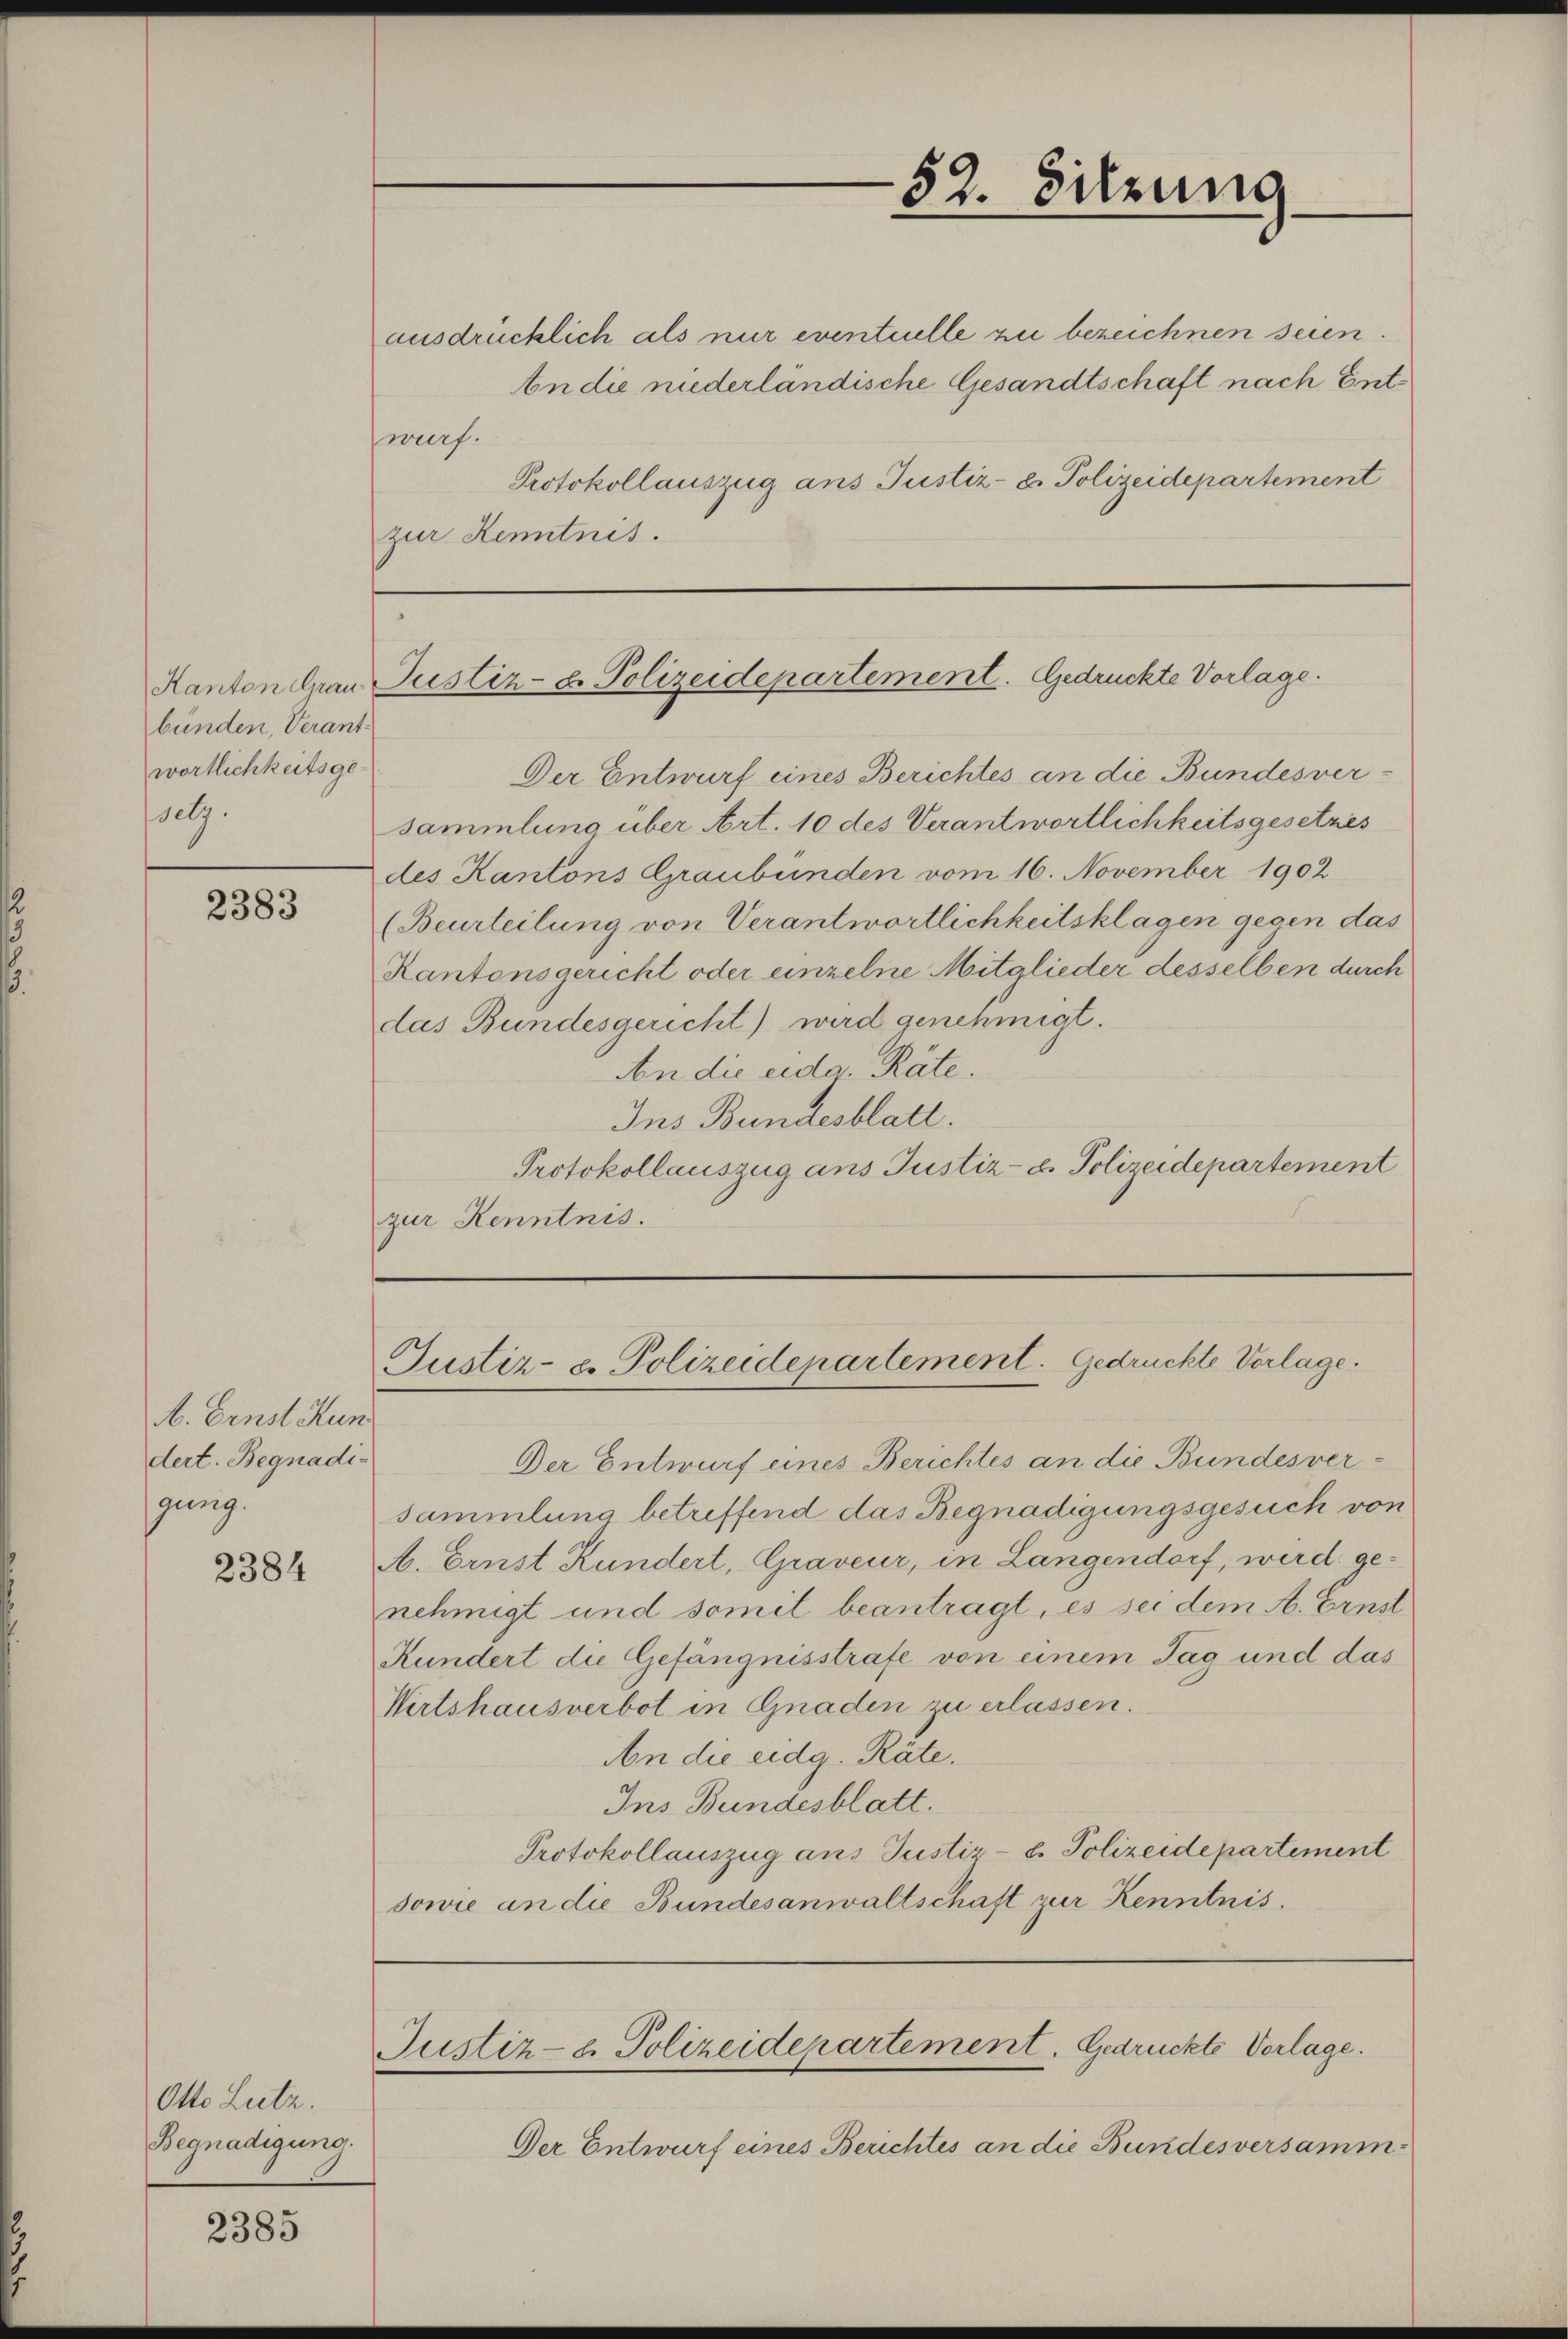
bünden, Verantwörtlichkeitsge-
petz.

2383

b. Ernst Hun
dert. Begnadi-
jung.

2384

Otto Lutz.
Begnadigung.

2385

ausdrücklich als nur eventuelle zu bezeichnen seien.
An die niederländische Gesandtschaft nach Entwurf.
Protokollauszug ans Justiz- u. Polizeidepartement
zur Kenntnis.

Der Entwurf eines Berichtes an die Bundesver-
sammlung über Art. 10 des Verantwortlichkeitsgesetzes
des Kantons Graubünden vom 16. November 1902
(Beurteilung von Verantwortlichkeitsklagen gegen das
Kantonsgericht oder einzelne Mitglieder desselben durch
das Bundesgericht) wird genehmigt.
An die eidg. Räte.
Ins Bundesblatt.
Protokollauszug ans Justiz-d. Polizeidepartement
zur Kenntnis.

Der Entwurf eines Berichtes an die Bundesversamm¬

52. Sitzung

Kanton Frau Justiz- u. Polizeidepartement. Gedrückte Vorlage.

Justiz- u. Polizeidepartement. Gedrückte Vorlage.

Justiz- & Polizeidepartement. Gedrückte Vorlage.

Der Entwurf eines Berichtes an die Bundesver-
sammlung betreffend das Begnadigungsgesuch von
A. Ernst Kundert, Graveur, in Langendorf, werd genehmigt und somit beantragt, es sei dem A. Ernst
Kundert die Gefängnisstrafe von einem Tag und das
Wirtshausverbot in Gnaden zu erlassen.
An die eidg. Räte.
Ins Bundesblatt.
Protokollauszug aus Justiz- u. Polizeidepartement
sowie an die Bundesanwaltschaft zur Kenntnis.